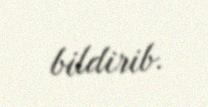
bildirib.